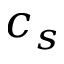
c _ { s }